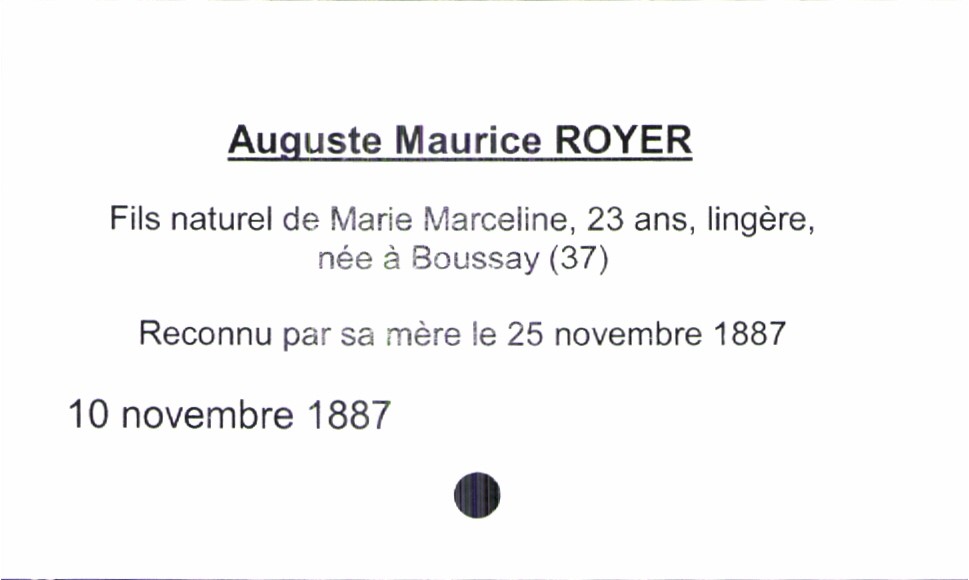
type_acte: Baptême
observations: reconnu par sa mère le 25 novembre 1887
filiation: fils
enfant_prénom: Auguste Maurice
enfant_date_de_naissance: 10 novembre 1887
mère_enfant_nom: Royer
mère_enfant_prénom: Marie Marceline
mère_enfant_âge: 23 ans
mère_enfant_profession: lingère
mère_enfant_lieu_de_naissance: Boussay (37)